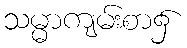
သမ္မာကျမ်းစာ၌